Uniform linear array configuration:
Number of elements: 8
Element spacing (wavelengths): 0.5
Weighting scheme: exponential
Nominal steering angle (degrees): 15
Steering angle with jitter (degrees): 14.67
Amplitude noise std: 0.05
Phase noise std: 0.05

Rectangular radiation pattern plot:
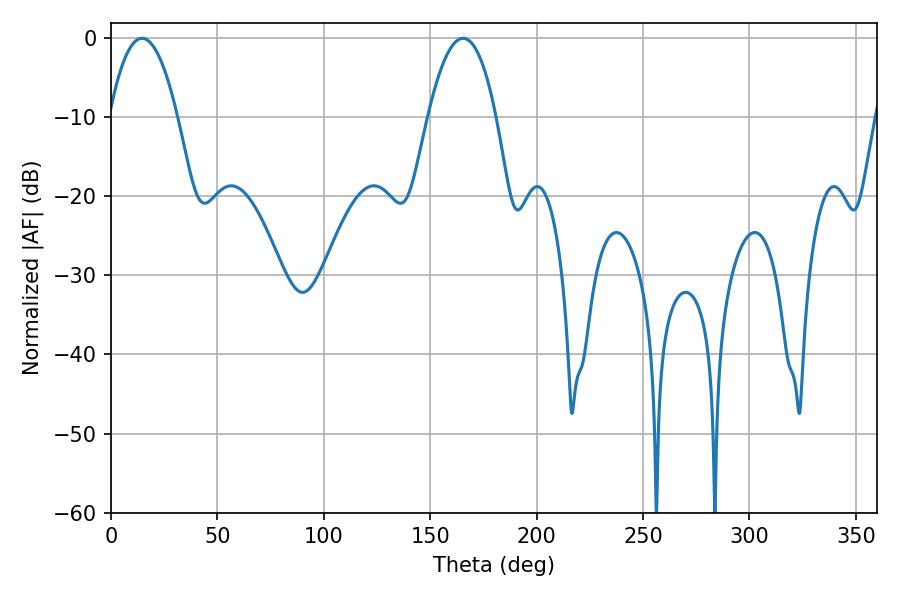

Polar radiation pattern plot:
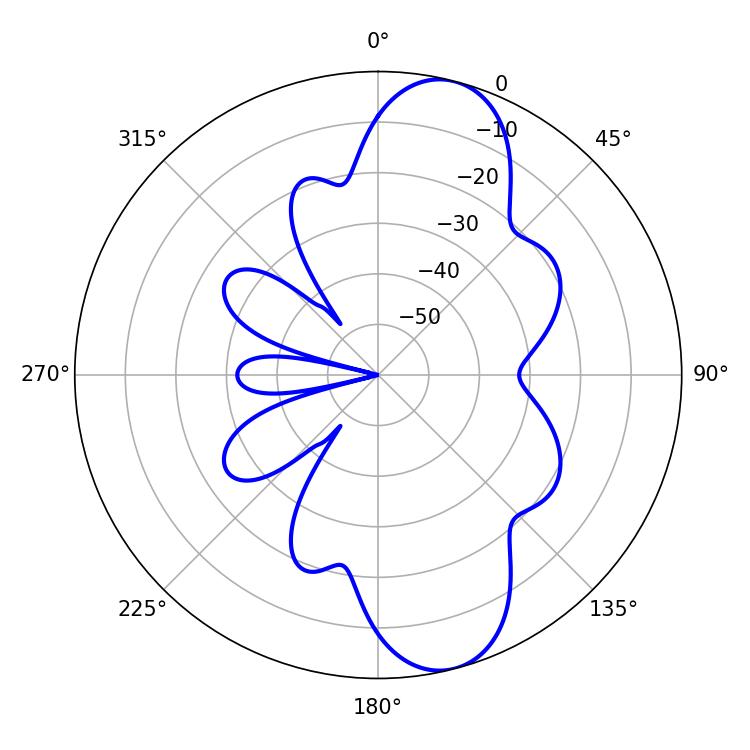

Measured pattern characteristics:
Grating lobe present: FALSE
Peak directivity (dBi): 10.555
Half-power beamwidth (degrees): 17.64
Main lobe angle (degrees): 14.58